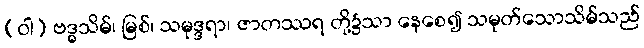
(ဝါ) ဗဒ္ဓသိမ်၊ မြစ်၊ သမုဒ္ဒရာ၊ ဇာတဿရ တို့၌သာ နေစေ၍ သမုတ်သောသိမ်သည်